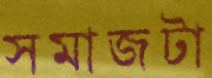
সমাজটা